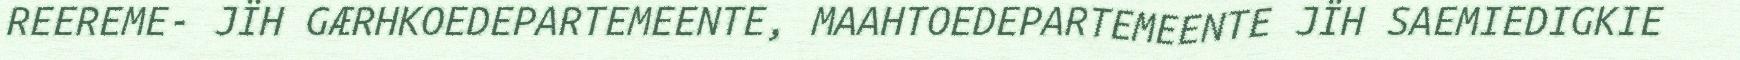
REEREME- JÏH GÆRHKOEDEPARTEMEENTE, MAAHTOEDEPARTEMEENTE JÏH SAEMIEDIGKIE